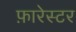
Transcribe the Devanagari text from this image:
फ़ारेस्टर